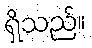
ရှိသည်။